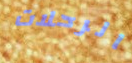
الرحلات